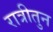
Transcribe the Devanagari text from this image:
रात्रीतुन